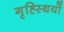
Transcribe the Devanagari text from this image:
गृह्स्थियों